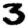
Digit: 3